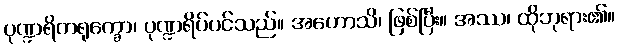
ပုဏ္ဍရိကရုက္ခော၊ ပုဏ္ဍရိပ်ပင်သည်။ အဟောသိ၊ ဖြစ်ပြီး။ အဿ၊ ထိုဘုရား၏။